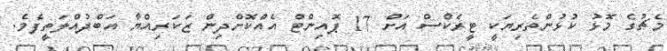
މެޗުގެ މޮޅު ކުޅުންތެރިޔަކީ ޓީރެކްސް އަށް 17 ޕޮއިންޓް އެއްކޮށްދިން ޒަކަރިއްޔާ އަބްދުއްލަތީފެވެ.